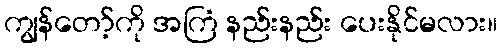
ကျွန်တော့်ကို အကြံ နည်းနည်း ပေးနိုင်မလား။